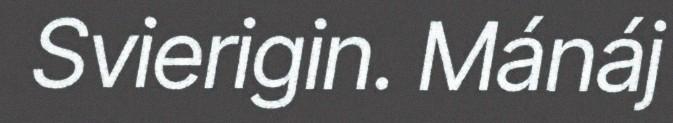
Svierigin. Mánáj